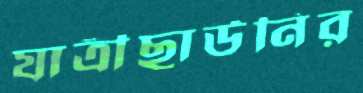
যাত্রীছাউনির